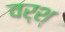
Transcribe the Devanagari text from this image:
वर्श्